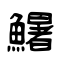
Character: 鱪